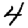
Digit: 4